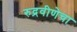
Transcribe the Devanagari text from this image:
रुद्रवीणेचा